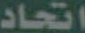
اتحاد